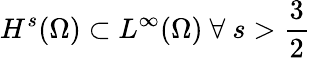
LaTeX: H^{s}(\Omega)\subset L^{\infty}(\Omega)\ \forall\ s>\frac{3}{2}